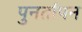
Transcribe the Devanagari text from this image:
पुनर्तापन